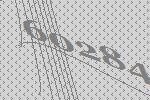
60284